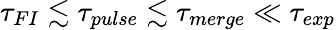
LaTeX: \tau_{FI}\lesssim\tau_{pulse}\lesssim\tau_{merge}\ll\tau_{exp}